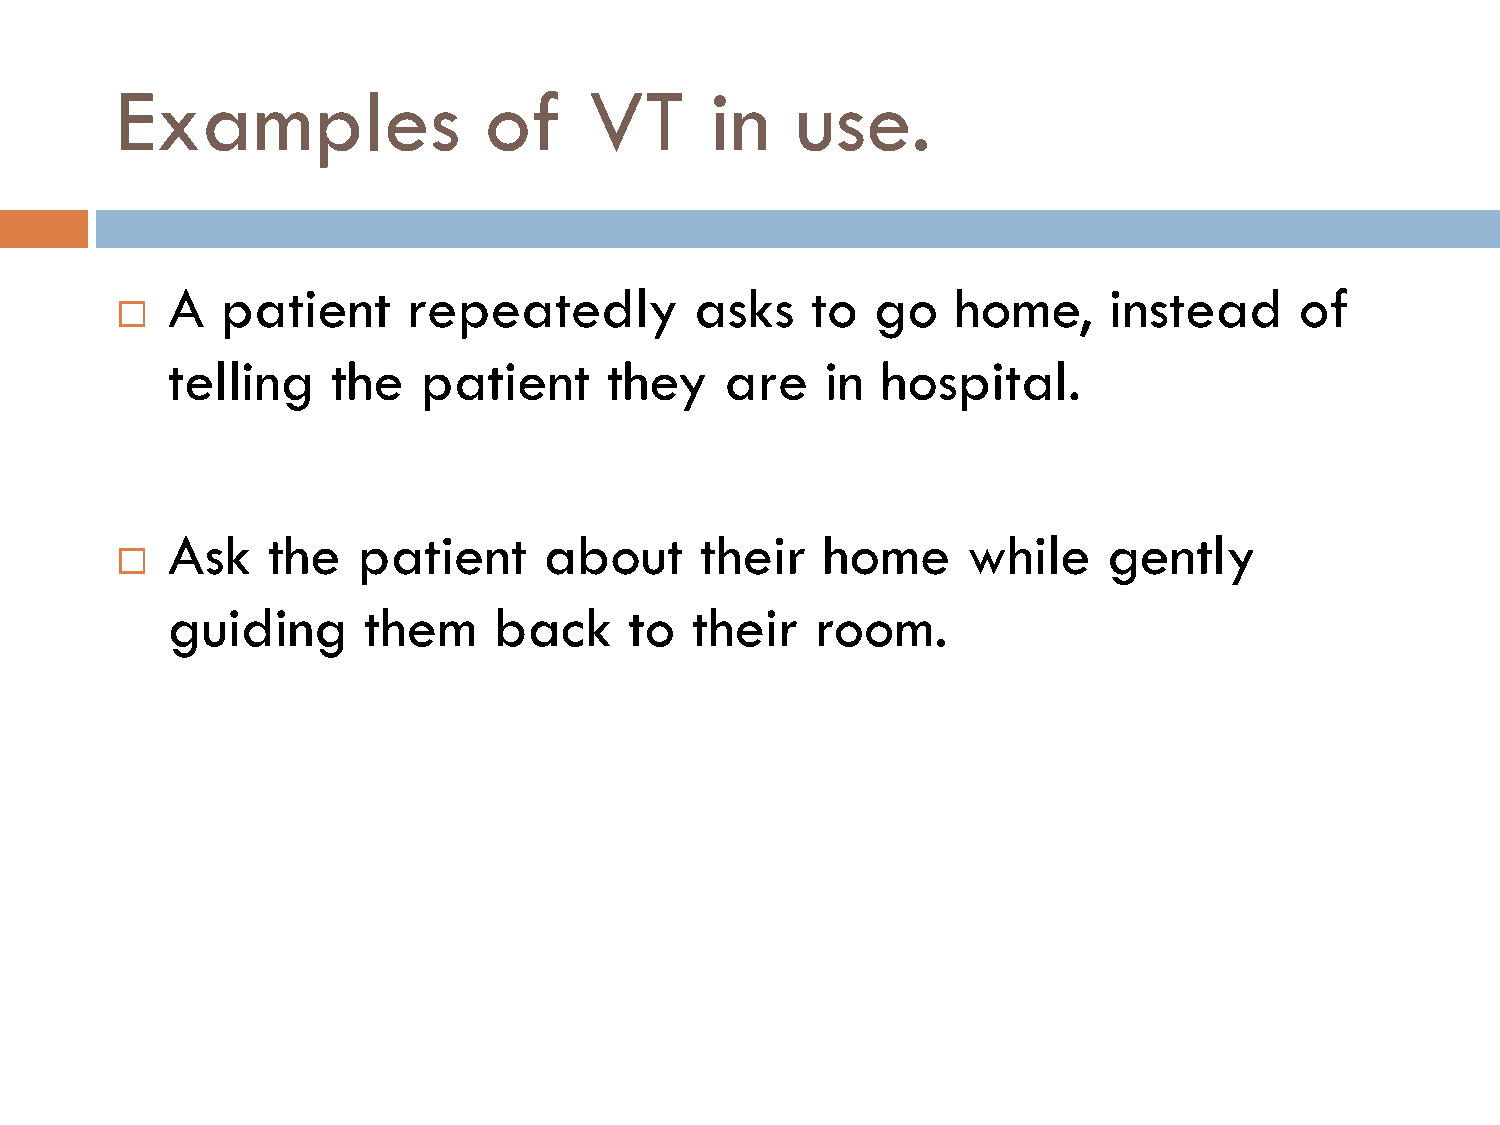
Examples                of     VT      in    use.
 A   patient     repeatedly         asks    to  go   home,     instead      of
 
 telling    the   patient     they    are    in hospital.
 Ask    the   patient     about     their   home      while    gently
 
 guiding      them     back     to  their   room.